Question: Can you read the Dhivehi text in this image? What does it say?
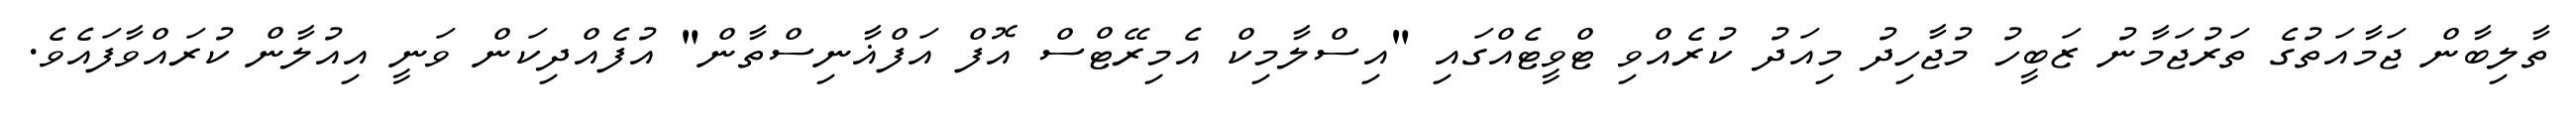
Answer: ތާލިބާން ޖަމާއަތުގެ ތަރުޖަމާނު ޒަބީހު މުޖާހިދު މިއަދު ކުރެއްވި ޓްވީޓެއްގައި "އިސްލާމިކް އެމިރޭޓްސް އޮފް އަފްޣާނިސްތާން" އުފެއްދިކަން ވަނީ އިއުލާން ކުރައްވާފައެވެ.